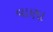
વાણા